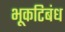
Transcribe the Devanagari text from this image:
भूकटिबंध